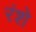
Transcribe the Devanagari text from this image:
रंशे